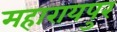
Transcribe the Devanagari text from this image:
महारायपुर